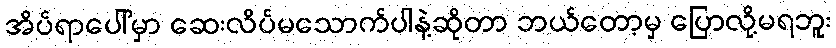
အိပ်ရာပေါ်မှာ ဆေးလိပ်မသောက်ပါနဲ့ဆိုတာ ဘယ်တော့မှ ပြောလို့မရဘူး